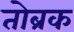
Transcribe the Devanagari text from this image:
तोब्रक